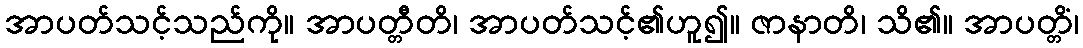
အာပတ်သင့်သည်ကို။ အာပတ္တီတိ၊ အာပတ်သင့်၏ဟူ၍။ ဇာနာတိ၊ သိ၏။ အာပတ္တိံ၊